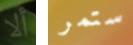
ألا ستمر